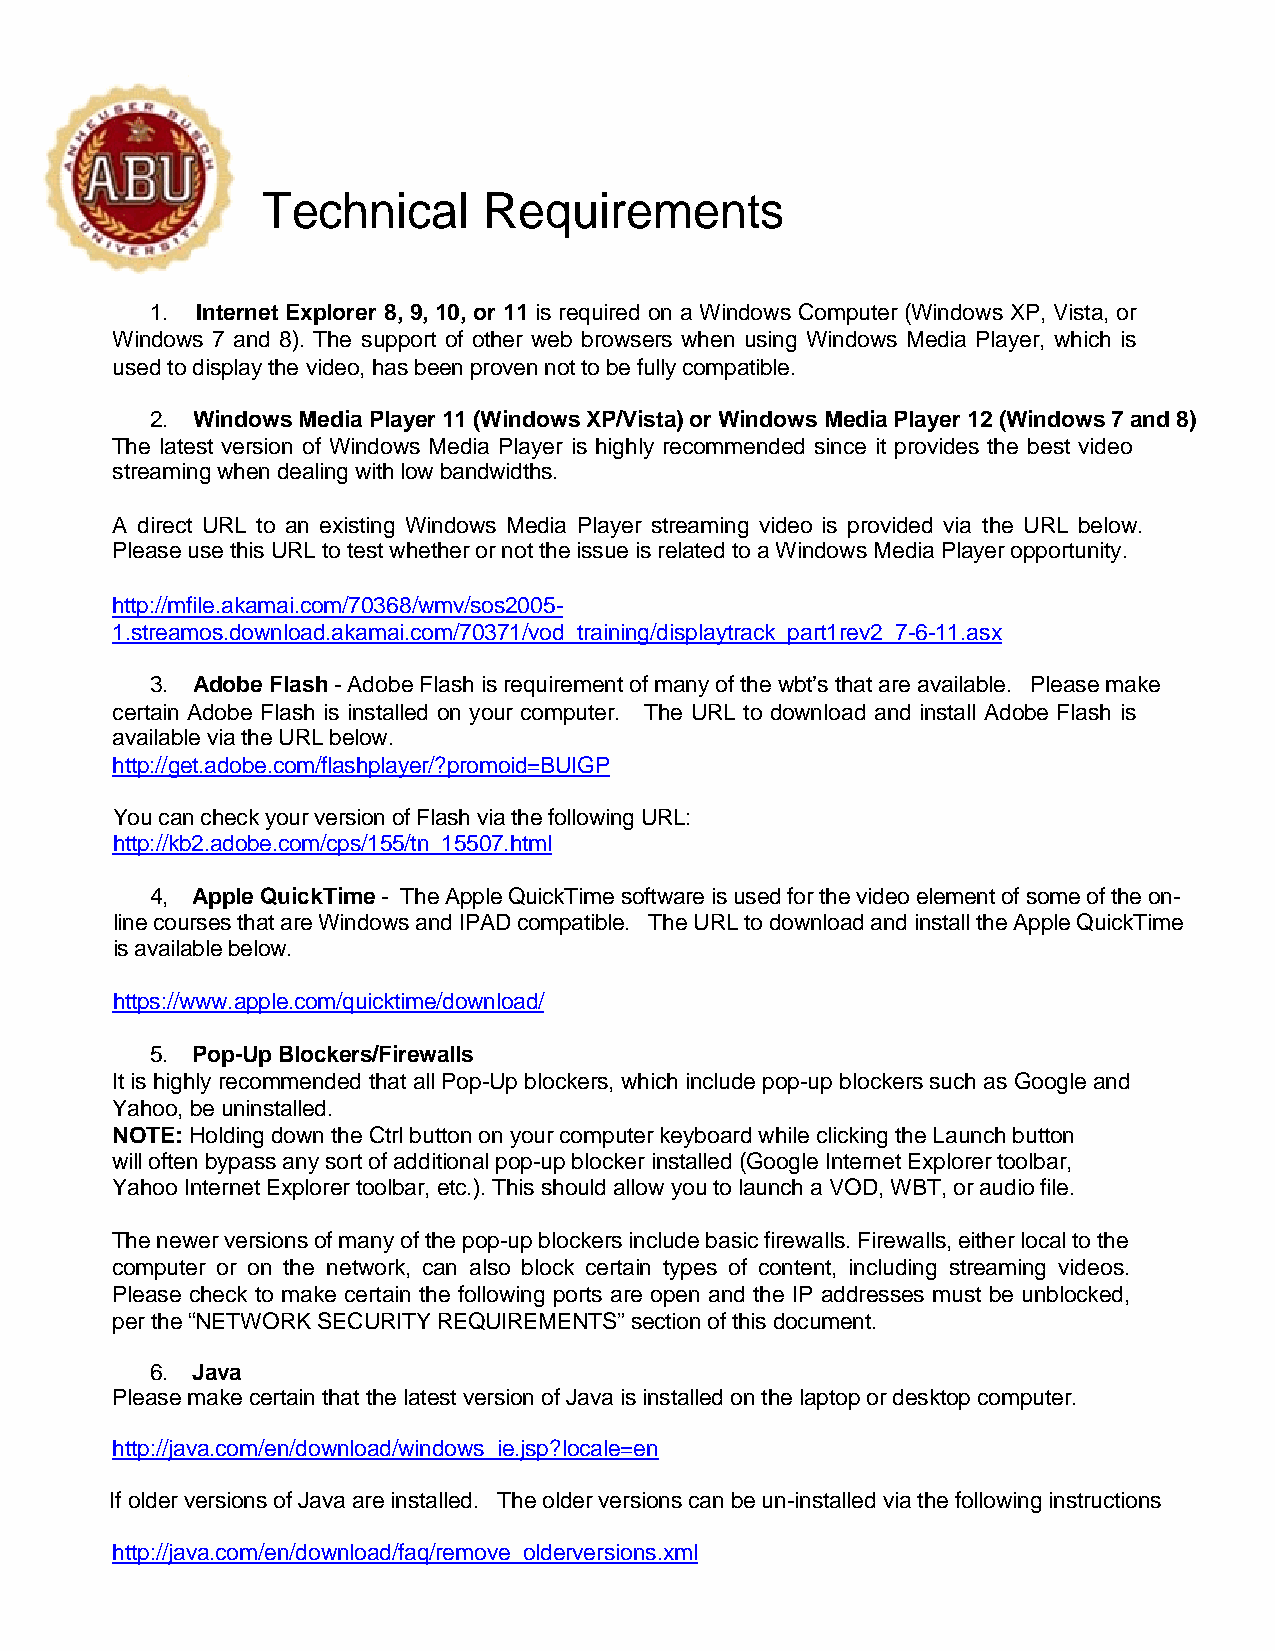
Technical      Requirements
 1. Internet Explorer 8, 9, 10, or 11 is required on a Windows Computer (Windows XP, Vista, or
 Windows 7 and 8). The support of other web browsers when using Windows Media Player, which is
 used to display the video, has been proven not to be fully compatible.
 2. Windows Media Player 11 (Windows XP/Vista) or Windows Media Player 12 (Windows 7 and 8)
 The latest version of Windows Media Player is highly recommended since it provides the best video
 streaming when dealing with low bandwidths.
 A direct URL to an existing Windows Media Player streaming video is provided via the URL below.
 Please use this URL to test whether or not the issue is related to a Windows Media Player opportunity.
 http://mfile.akamai.com/70368/wmv/sos2005-
 1.streamos.download.akamai.com/70371/vod_training/displaytrack_part1rev2_7-6-11.asx
 3. Adobe Flash - Adobe Flash is requirement of many of the wbt’s that are available. Please make
 certain Adobe Flash is installed on your computer. The URL to download and install Adobe Flash is
 available via the URL below.
 http://get.adobe.com/flashplayer/?promoid=BUIGP
 You can check your version of Flash via the following URL:
 http://kb2.adobe.com/cps/155/tn_15507.html
 4, Apple QuickTime - The Apple QuickTime software is used for the video element of some of the on-
 line courses that are Windows and IPAD compatible. The URL to download and install the Apple QuickTime
 is available below.
 https://www.apple.com/quicktime/download/
 5. Pop-Up Blockers/Firewalls
 It is highly recommended that all Pop-Up blockers, which include pop-up blockers such as Google and
 Yahoo, be uninstalled.
 NOTE: Holding down the Ctrl button on your computer keyboard while clicking the Launch button
 will often bypass any sort of additional pop-up blocker installed (Google Internet Explorer toolbar,
 Yahoo Internet Explorer toolbar, etc.). This should allow you to launch a VOD, WBT, or audio file.
 The newer versions of many of the pop-up blockers include basic firewalls. Firewalls, either local to the
 computer or on the network, can also block certain types of content, including streaming videos.
 Please check to make certain the following ports are open and the IP addresses must be unblocked,
 per the “NETWORK SECURITY REQUIREMENTS” section of this document.
 6. Java
 Please make certain that the latest version of Java is installed on the laptop or desktop computer.
 http://java.com/en/download/windows_ie.jsp?locale=en
 If older versions of Java are installed. The older versions can be un-installed via the following instructions
 http://java.com/en/download/faq/remove_olderversions.xml